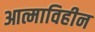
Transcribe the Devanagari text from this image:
आत्माविहीन